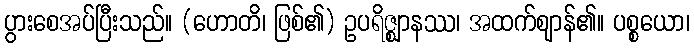
ပွားစေအပ်ပြီးသည်။ (ဟောတိ၊ ဖြစ်၏) ဥပရိဇ္ဈာနဿ၊ အထက်ဈာန်၏။ ပစ္စယော၊